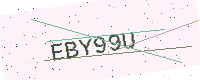
Text: EBY99U